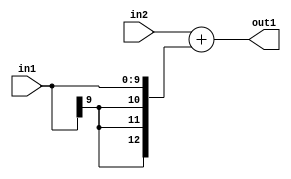
`timescale 1ps / 1ps
/*****************************************************************************
    Verilog RTL Description
    
    
    Created by: Stratus DpOpt 2019.1.01 
*******************************************************************************/

module DC_Filter_Add_12Ux10S_13S_1 (
	in2,
	in1,
	out1
	); /* architecture "behavioural" */ 
input [11:0] in2;
input [9:0] in1;
output [12:0] out1;
wire [12:0] asc001;

assign asc001 = 
	+(in2)
	+({{3{in1[9]}}, in1});

assign out1 = asc001;
endmodule

/* CADENCE  ubLzTAE= : u9/ySgnWtBlWxVPRXgAZ4Og= ** DO NOT EDIT THIS LINE ******/